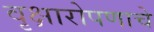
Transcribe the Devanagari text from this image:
वृक्षारोपणाचे